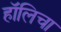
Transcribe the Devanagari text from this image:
हॉलिचा